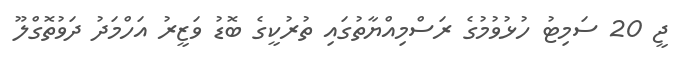
ޖީ 20 ސަމިޓު ހުޅުވުމުގެ ރަސްމިއްޔާތުގައި ތުރުކީގެ ބޮޑު ވަޒީރު އަހްމަދު ދަވުތޮގްލޫ